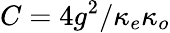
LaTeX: C=4g^{2}/\kappa_{e}\kappa_{o}